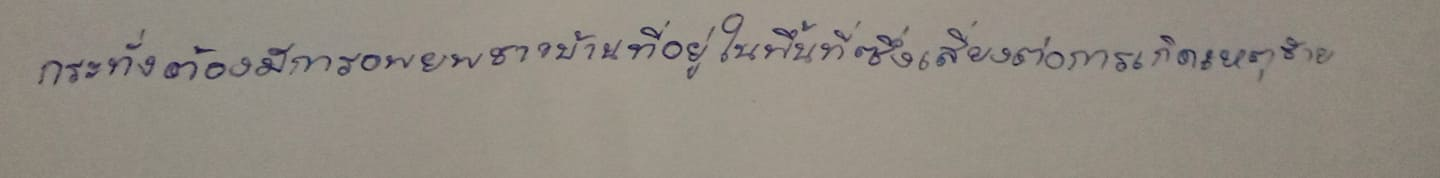
กระทั่งต้องมีการอพยพชาวบ้านที่อยู่ในพื่นที่ซึ่งเสี่ยงต่อการเกิดเหตุร้าย